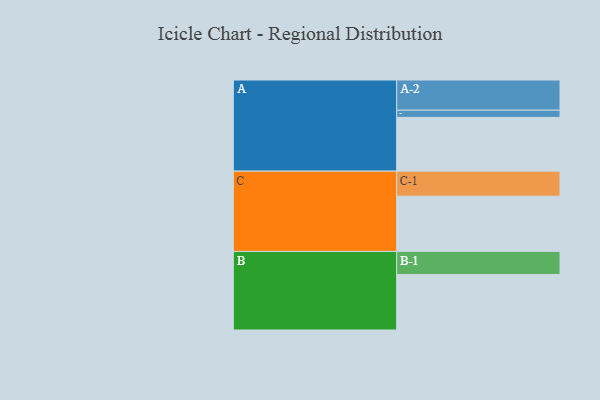
{"axis": {"x": "Segment", "y": "Value"}, "legend": ["", "A", "B", "C"], "data": [{"x": "A", "y": 496, "type": ""}, {"x": "B", "y": 512, "type": ""}, {"x": "C", "y": 510, "type": ""}, {"x": "A-1", "y": 66, "type": "A"}, {"x": "A-2", "y": 279, "type": "A"}, {"x": "B-1", "y": 213, "type": "B"}, {"x": "C-1", "y": 231, "type": "C"}]}